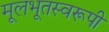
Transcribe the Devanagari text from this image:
मूलभूतस्वरूपी